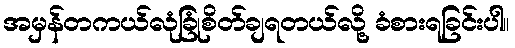
အမှန်တကယ်လုံခြုံစိတ်ချရတယ်လို့ ခံစားရခြင်းပါ။